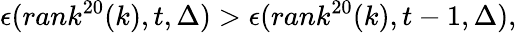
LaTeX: \epsilon(rank^{20}(k),t,\Delta)>\epsilon(rank^{20}(k),t-1,\Delta),